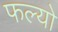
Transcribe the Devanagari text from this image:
फल्‍यो